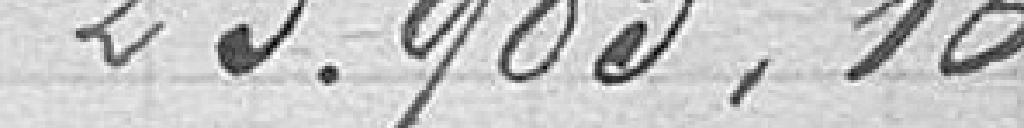
23.983,16